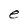
Character: e